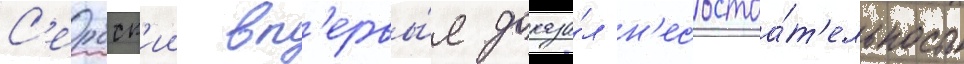
С'ербск'ии вп'ервы́е доказа́л н'есостоа́т'ельность